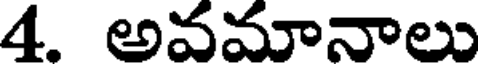
4. అవమానాలు